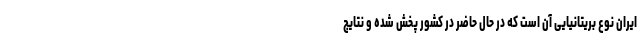
ایران نوع بریتانیایی آن است که در حال حاضر در کشور پخش شده و نتایج